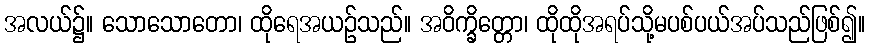
အလယ်၌။ သောသောတော၊ ထိုရေအယဉ်သည်။ အဝိက္ခိတ္တော၊ ထိုထိုအရပ်သို့မပစ်ပယ်အပ်သည်ဖြစ်၍။